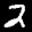
Label: 2